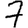
Digit: 7